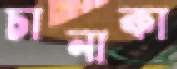
চানাকা